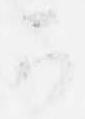
可